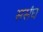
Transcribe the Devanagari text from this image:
ससंघ